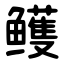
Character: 鳠